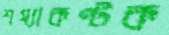
শয্যাকণ্টক